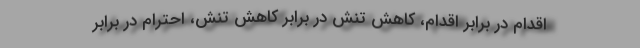
اقدام در برابر اقدام، کاهش تنش در برابر کاهش تنش، احترام در برابر